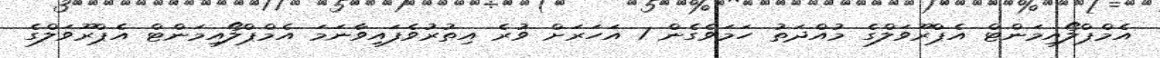
އެމްޕްލޯއިމަންޓް އެޕްރޫވަލްގެ މުއްދަތު ހަމަވެގެން 1 އަހަރަށް ވުރެ އިތުރުވެފައިވާނަމަ އެމްޕްލޯއިމަންޓް އެޕްރޫވަލްގެ